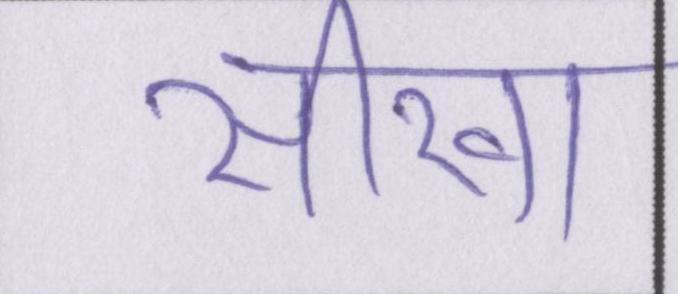
सीखा